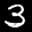
Label: 3